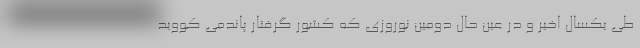
طی یکسال اخیر و در عین حال دومین نوروزی که کشور گرفتار پاندمی کووید